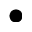
\bullet